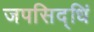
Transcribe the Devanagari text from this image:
जपसिद्धिं